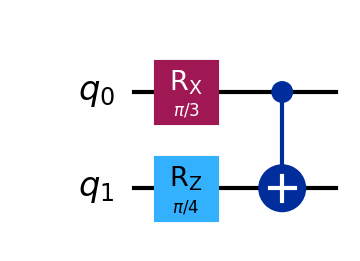
Description: Parameterized rotation circuit
描述: 参数化旋转电路
Category: intermediate (difficulty: intermediate)
Qubits: 2, circuit depth: 2

Braket implementation:
import math
from braket.circuits import Circuit
circuit = Circuit().rx(0, math.pi/3).rz(1, math.pi/4).cnot(0, 1)